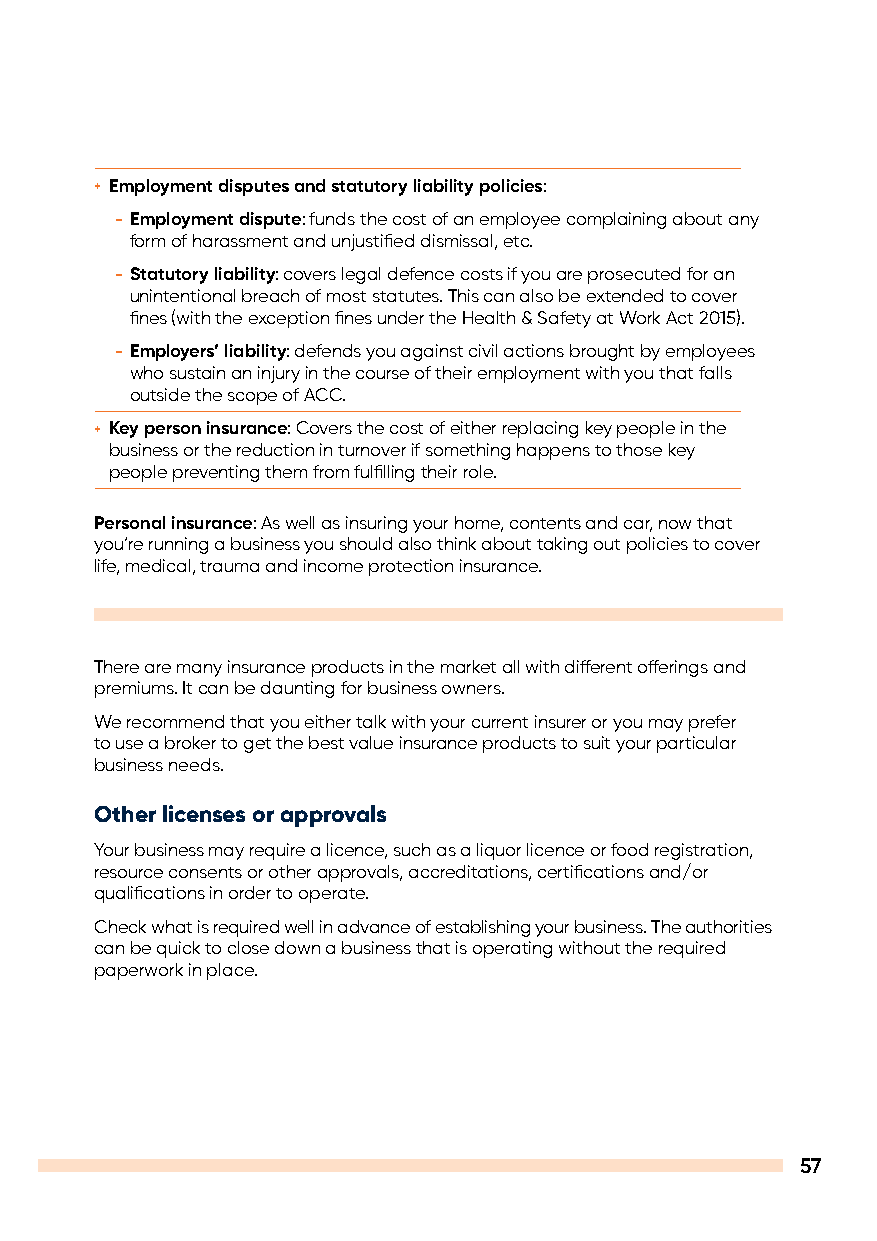
+ Employment disputes and statutory liability policies:
 – Employment dispute: funds the cost of an employee complaining about any
 form of harassment and unjustified dismissal, etc.
 – Statutory liability: covers legal defence costs if you are prosecuted for an
 unintentional breach of most statutes. This can also be extended to cover
 fines (with the exception fines under the Health & Safety at Work Act 2015).
 – Employers’ liability: defends you against civil actions brought by employees
 who sustain an injury in the course of their employment with you that falls
 outside the scope of ACC.
 + Key person insurance: Covers the cost of either replacing key people in the
 business or the reduction in turnover if something happens to those key
 people preventing them from fulfilling their role.
 Personal insurance: As well as insuring your home, contents and car, now that
 you’re running a business you should also think about taking out policies to cover
 life, medical, trauma and income protection insurance.
 There are many insurance products in the market all with different offerings and
 premiums. It can be daunting for business owners.
 We recommend that you either talk with your current insurer or you may prefer
 to use a broker to get the best value insurance products to suit your particular
 business needs.
 Other licenses or approvals
 Your business may require a licence, such as a liquor licence or food registration,
 resource consents or other approvals, accreditations, certifications and/or
 qualifications in order to operate.
 Check what is required well in advance of establishing your business. The authorities
 can be quick to close down a business that is operating without the required
 paperwork in place.
 57